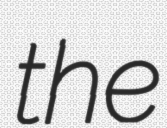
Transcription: the